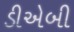
ડીએબી